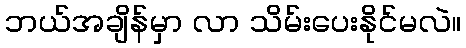
ဘယ်အချိန်မှာ လာ သိမ်းပေးနိုင်မလဲ။